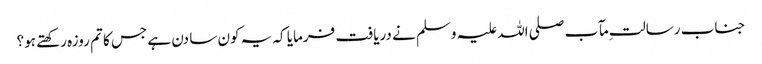
جناب رسالت ِمآب صلی اللہ علیہ وسلم نے دریافت فرمایا کہ یہ کون سا دن ہے جس کا تم روزہ رکھتے ہو؟